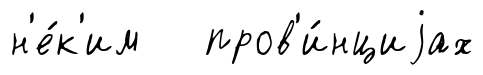
н'е́к'им пров'и́нциjах